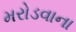
મરોડવાના